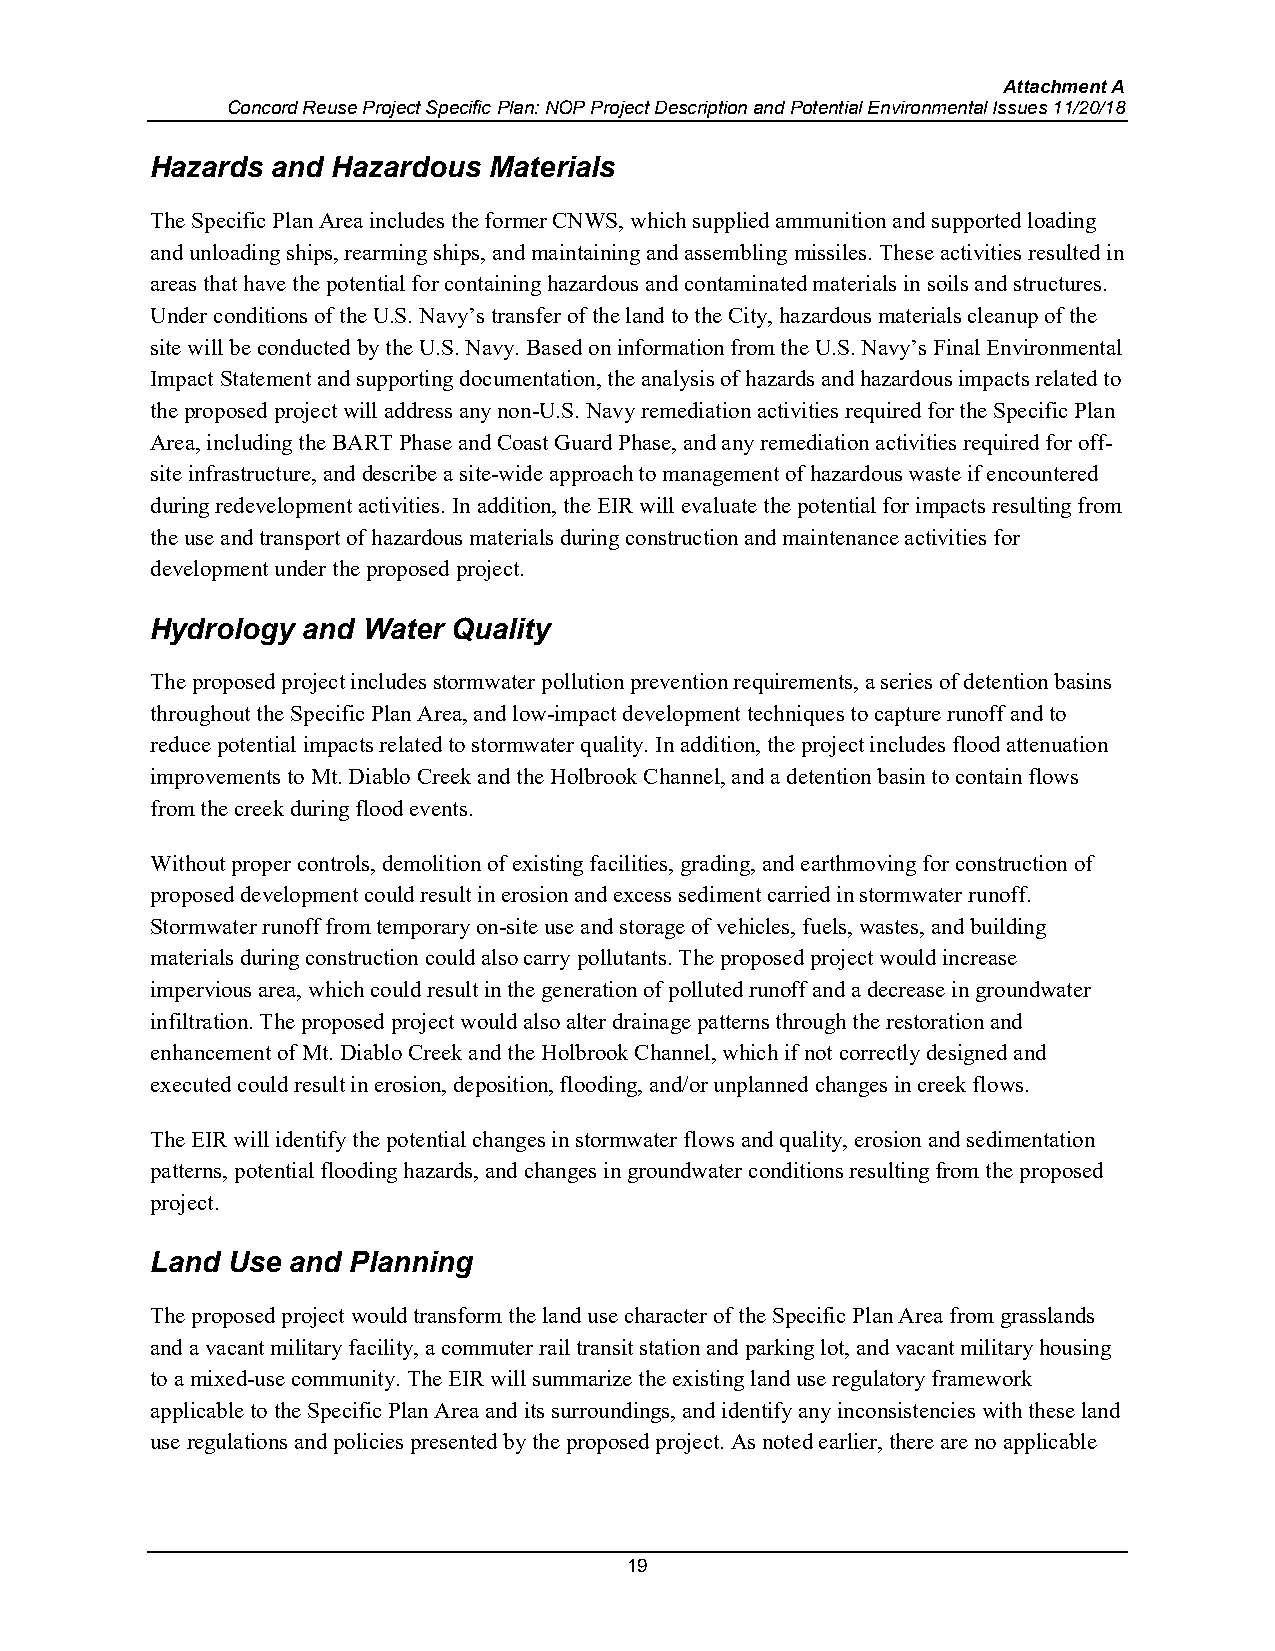
Attachment A
 Concord Reuse Project Specific Plan: NOP Project Description and Potential Environmental Issues 11/20/18
 Hazards and Hazardous Materials
 The Specific Plan Area includes the former CNWS, which supplied ammunition and supported loading
 and unloading ships, rearming ships, and maintaining and assembling missiles. These activities resulted in
 areas that have the potential for containing hazardous and contaminated materials in soils and structures.
 Under conditions of the U.S. Navy’s transfer of the land to the City, hazardous materials cleanup of the
 site will be conducted by the U.S. Navy. Based on information from the U.S. Navy’s Final Environmental
 Impact Statement and supporting documentation, the analysis of hazards and hazardous impacts related to
 the proposed project will address any non-U.S. Navy remediation activities required for the Specific Plan
 Area, including the BART Phase and Coast Guard Phase, and any remediation activities required for off-
 site infrastructure, and describe a site-wide approach to management of hazardous waste if encountered
 during redevelopment activities. In addition, the EIR will evaluate the potential for impacts resulting from
 the use and transport of hazardous materials during construction and maintenance activities for
 development under the proposed project.
 Hydrology and Water Quality
 The proposed project includes stormwater pollution prevention requirements, a series of detention basins
 throughout the Specific Plan Area, and low-impact development techniques to capture runoff and to
 reduce potential impacts related to stormwater quality. In addition, the project includes flood attenuation
 improvements to Mt. Diablo Creek and the Holbrook Channel, and a detention basin to contain flows
 from the creek during flood events.
 Without proper controls, demolition of existing facilities, grading, and earthmoving for construction of
 proposed development could result in erosion and excess sediment carried in stormwater runoff.
 Stormwater runoff from temporary on-site use and storage of vehicles, fuels, wastes, and building
 materials during construction could also carry pollutants. The proposed project would increase
 impervious area, which could result in the generation of polluted runoff and a decrease in groundwater
 infiltration. The proposed project would also alter drainage patterns through the restoration and
 enhancement of Mt. Diablo Creek and the Holbrook Channel, which if not correctly designed and
 executed could result in erosion, deposition, flooding, and/or unplanned changes in creek flows.
 The EIR will identify the potential changes in stormwater flows and quality, erosion and sedimentation
 patterns, potential flooding hazards, and changes in groundwater conditions resulting from the proposed
 project.
 Land Use and Planning
 The proposed project would transform the land use character of the Specific Plan Area from grasslands
 and a vacant military facility, a commuter rail transit station and parking lot, and vacant military housing
 to a mixed-use community. The EIR will summarize the existing land use regulatory framework
 applicable to the Specific Plan Area and its surroundings, and identify any inconsistencies with these land
 use regulations and policies presented by the proposed project. As noted earlier, there are no applicable
 19